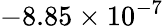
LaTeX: -8.85\times 10^{-7}